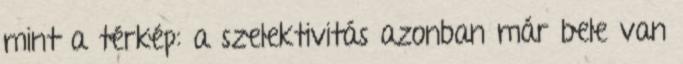
mint a térkép: a szelektivitás azonban már bele van